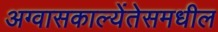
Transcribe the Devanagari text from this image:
अग्वासकाल्येंतेसमधील